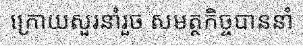
ក្រោយសួរនាំរួច សមត្ថកិច្ចបាននាំ